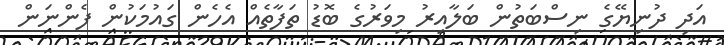
އަދި ދުނިޔޭގެ ނިސްބަތުން ބަލާއިރު މިވަރުގެ ބޮޑު ތަފާތެއް އެހެން ގައުމަކުން ފެންނަން